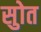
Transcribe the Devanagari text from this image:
सुोत